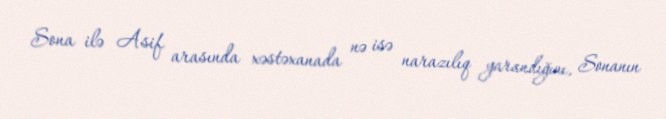
Sona ilə Asif arasında xəstəxanada nə isə narazılıq yarandığını, Sonanın